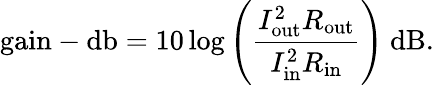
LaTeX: {\mathrm{gain-db}}=10\log{\left({\frac{I_{\mathrm{out}}^{2}R_{\mathrm{out}}}{I_{\mathrm{in}}^{2}R_{\mathrm{in}}}}\right)}~{\mathrm{dB}}.